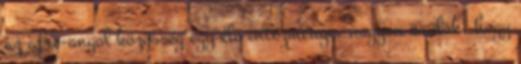
az afro-angol közösség egy élő intézménye. nagyon örülök, hogy